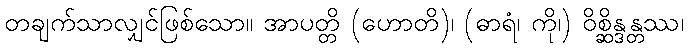
တချက်သာလျှင်ဖြစ်သော။ အာပတ္တိ (ဟောတိ)၊ (ဓာရံ၊ ကို၊) ဝိစ္ဆိန္ဒန္တဿ၊